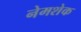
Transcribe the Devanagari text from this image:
नेमशेक